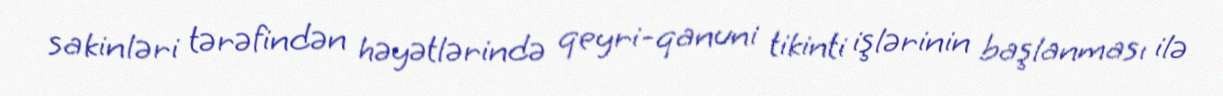
sakinləri tərəfindən həyətlərində qeyri-qanuni tikinti işlərinin başlanması ilə